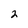
Character: 2